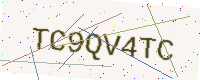
Text: TC9QV4TC